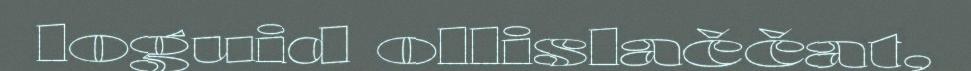
loguid ollislaččat,